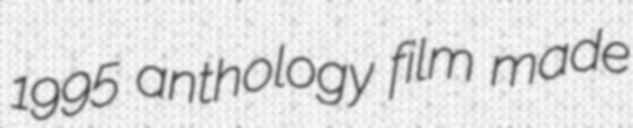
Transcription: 1995 anthology film made